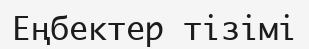
Еңбектер тізімі